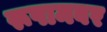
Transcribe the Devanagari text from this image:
रूपामबर